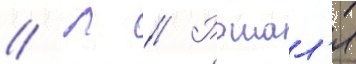
// Л // Рошал'я